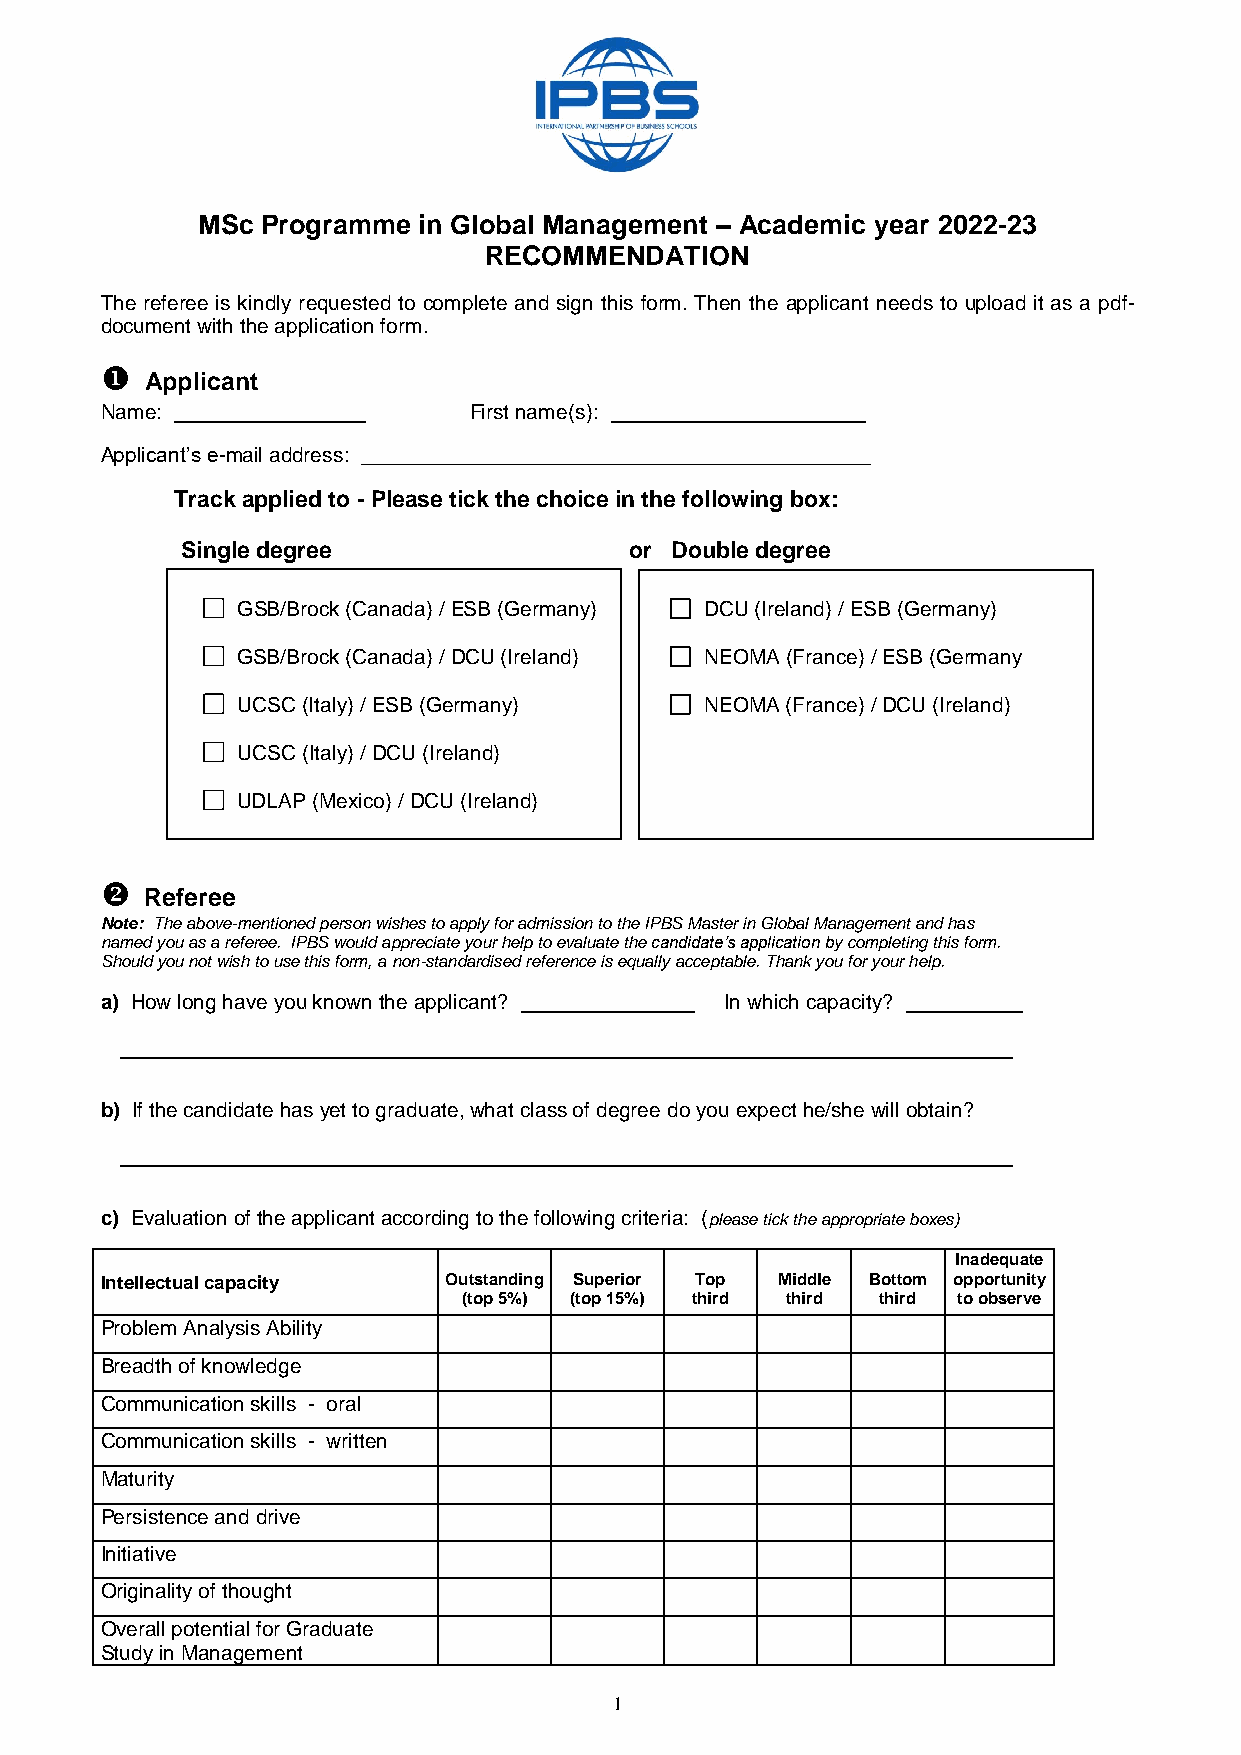
MSc Programme  in Global Management – Academic year 2022-23
 RECOMMENDATION
 The referee is kindly requested to complete and sign this form. Then the applicant needs to upload it as a pdf-
 document with the application form.
 
 Applicant
 Name:                   First name(s):
 Applicant’s e-mail address: ____________________________________________
 Track applied to - Please tick the choice in the following box:
 Single degree                 or Double degree
 GSB/Brock (Canada) / ESB (Germany) DCU (Ireland) / ESB (Germany)
 GSB/Brock (Canada) / DCU (Ireland) NEOMA (France) / ESB (Germany
 UCSC (Italy) / ESB (Germany)   NEOMA (France) / DCU (Ireland)
 UCSC (Italy) / DCU (Ireland)
 UDLAP (Mexico) / DCU (Ireland)
 
 Referee
 Note: The above-mentioned person wishes to apply for admission to the IPBS Master in Global Management and has
 named you as a referee. IPBS would appreciate your help to evaluate the candidate’s application by completing this form.
 Should you not wish to use this form, a non-standardised reference is equally acceptable. Thank you for your help.
 a) How long have you known the applicant? In which capacity?
 b) If the candidate has yet to graduate, what class of degree do you expect he/she will obtain?
 c) Evaluation of the applicant according to the following criteria: (please tick the appropriate boxes)
 Inadequate
 Intellectual capacity Outstanding Superior Top Middle Bottom opportunity
 (top 5%) (top 15%) third third third to observe
 Problem Analysis Ability
 Breadth of knowledge
 Communication skills - oral
 Communication skills - written
 Maturity
 Persistence and drive
 Initiative
 Originality of thought
 Overall potential for Graduate
 Study in Management
 1